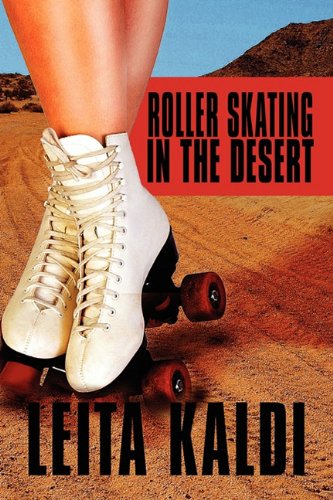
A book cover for Roller Skating in the Desert; Leita Kaldi; Travel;